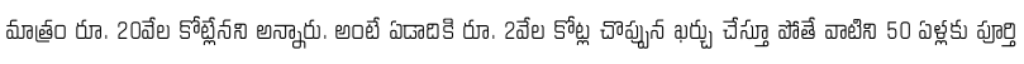
మాత్రం రూ. 20వేల కోట్లేనని అన్నారు. అంటే ఏడాదికి రూ. 2వేల కోట్ల చొప్పున ఖర్చు చేస్తూ పోతే వాటిని 50 ఏళ్లకు పూర్తి